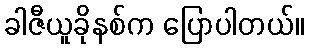
ခါဇီယူခိုနစ်က ပြောပါတယ်။